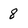
Character: 8